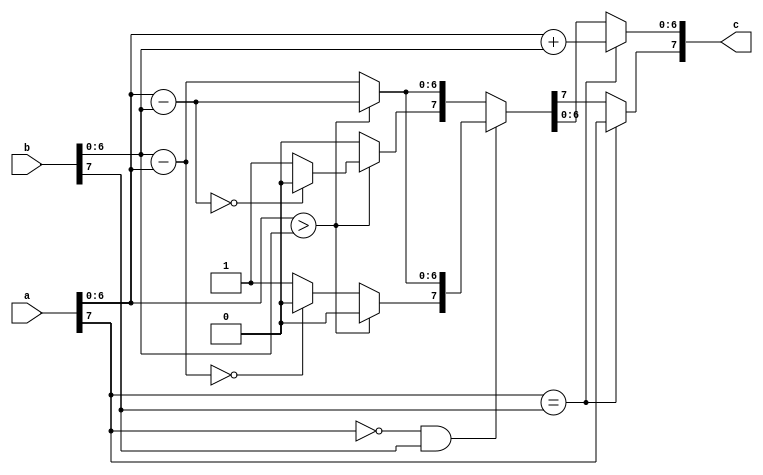

//////////////////////////////////////////////////////////////////////////////////
// Company: 
// Engineer: 
// 
// Design Name: 
// Module Name: add_fixed
// Project Name: 
// Target Devices: 
// Tool Versions: 
// Description: 
// 
// Dependencies: 
// 
// Revision:
// Revision 0.01 - File Created
// Additional Comments:
// 
//////////////////////////////////////////////////////////////////////////////////


module add_fixed #(
	//Parameterized values
	parameter N = 8
	)
	(
    input [N-1:0] a,
    input [N-1:0] b,
    output [N-1:0] c
    );

reg [N-1:0] res;

assign c = res;

always @(a,b) begin
	// both negative or both positive
	if(a[N-1] == b[N-1]) begin						//	Since they have the same sign, absolute magnitude increases
		res[N-2:0] = a[N-2:0] + b[N-2:0];		//		So we just add the two numbers
		res[N-1] = a[N-1];							//		and set the sign appropriately...  Doesn't matter which one we use, 
															//		they both have the same sign
															//	Do the sign last, on the off-chance there was an overflow...  
		end												//		Not doing any error checking on this...
	//	one of them is negative...
	else if(a[N-1] == 0 && b[N-1] == 1) begin		//	subtract a-b
		if( a[N-2:0] > b[N-2:0] ) begin					//	if a is greater than b,
			res[N-2:0] = a[N-2:0] - b[N-2:0];			//		then just subtract b from a
			res[N-1] = 0;										//		and manually set the sign to positive
			end
		else begin												//	if a is less than b,
			res[N-2:0] = b[N-2:0] - a[N-2:0];			//		we'll actually subtract a from b to avoid a 2's complement answer
			if (res[N-2:0] == 0)
				res[N-1] = 0;										//		I don't like negative zero....
			else
				res[N-1] = 1;										//		and manually set the sign to negative
			end
		end
	else begin												//	subtract b-a (a negative, b positive)
		if( a[N-2:0] > b[N-2:0] ) begin					//	if a is greater than b,
			res[N-2:0] = a[N-2:0] - b[N-2:0];			//		we'll actually subtract b from a to avoid a 2's complement answer
			if (res[N-2:0] == 0)
				res[N-1] = 0;										//		I don't like negative zero....
			else
				res[N-1] = 1;										//		and manually set the sign to negative
			end
		else begin												//	if a is less than b,
			res[N-2:0] = b[N-2:0] - a[N-2:0];			//		then just subtract a from b
			res[N-1] = 0;										//		and manually set the sign to positive
			end
		end
	end
endmodule